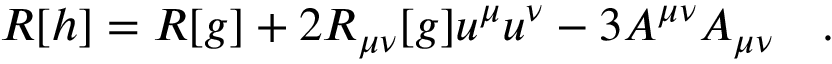
R [ h ] = R [ g ] + 2 R _ { \mu \nu } [ g ] u ^ { \mu } u ^ { \nu } - 3 A ^ { \mu \nu } A _ { \mu \nu } ~ ~ ~ .